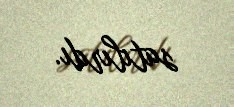
satılırdı.